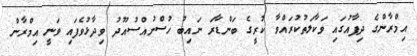
އިމްރާންގެ ދިފާއުގައި ވަކާލަތުކުރައްވާ ކުރީގެ ބަންޑާރަ ނައިބު ހުސްނުއްސުއޫދު ވިދާޅުވެފައި ވަނީ އިމްރާން